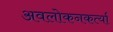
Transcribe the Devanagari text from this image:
अवलोकनकर्त्या